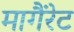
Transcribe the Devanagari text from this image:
मागैंरेट